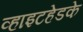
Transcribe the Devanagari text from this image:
व्हाइटहेडके